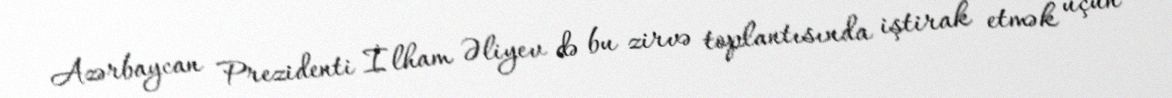
Azərbaycan Prezidenti İlham Əliyev də bu zirvə toplantısında iştirak etmək üçün